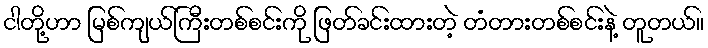
ငါတို့ဟာ မြစ်ကျယ်ကြီးတစ်စင်းကို ဖြတ်ခင်းထားတဲ့ တံတားတစ်စင်းနဲ့ တူတယ်။